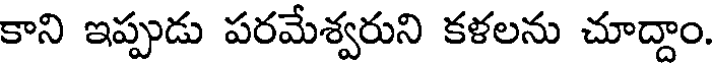
కాని ఇప్పుడు పరమేశ్వరుని కళలను చూద్దాం.